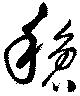
穏